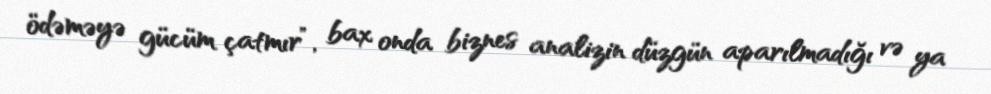
ödəməyə gücüm çatmır”, bax onda biznes analizin düzgün aparılmadığı və ya